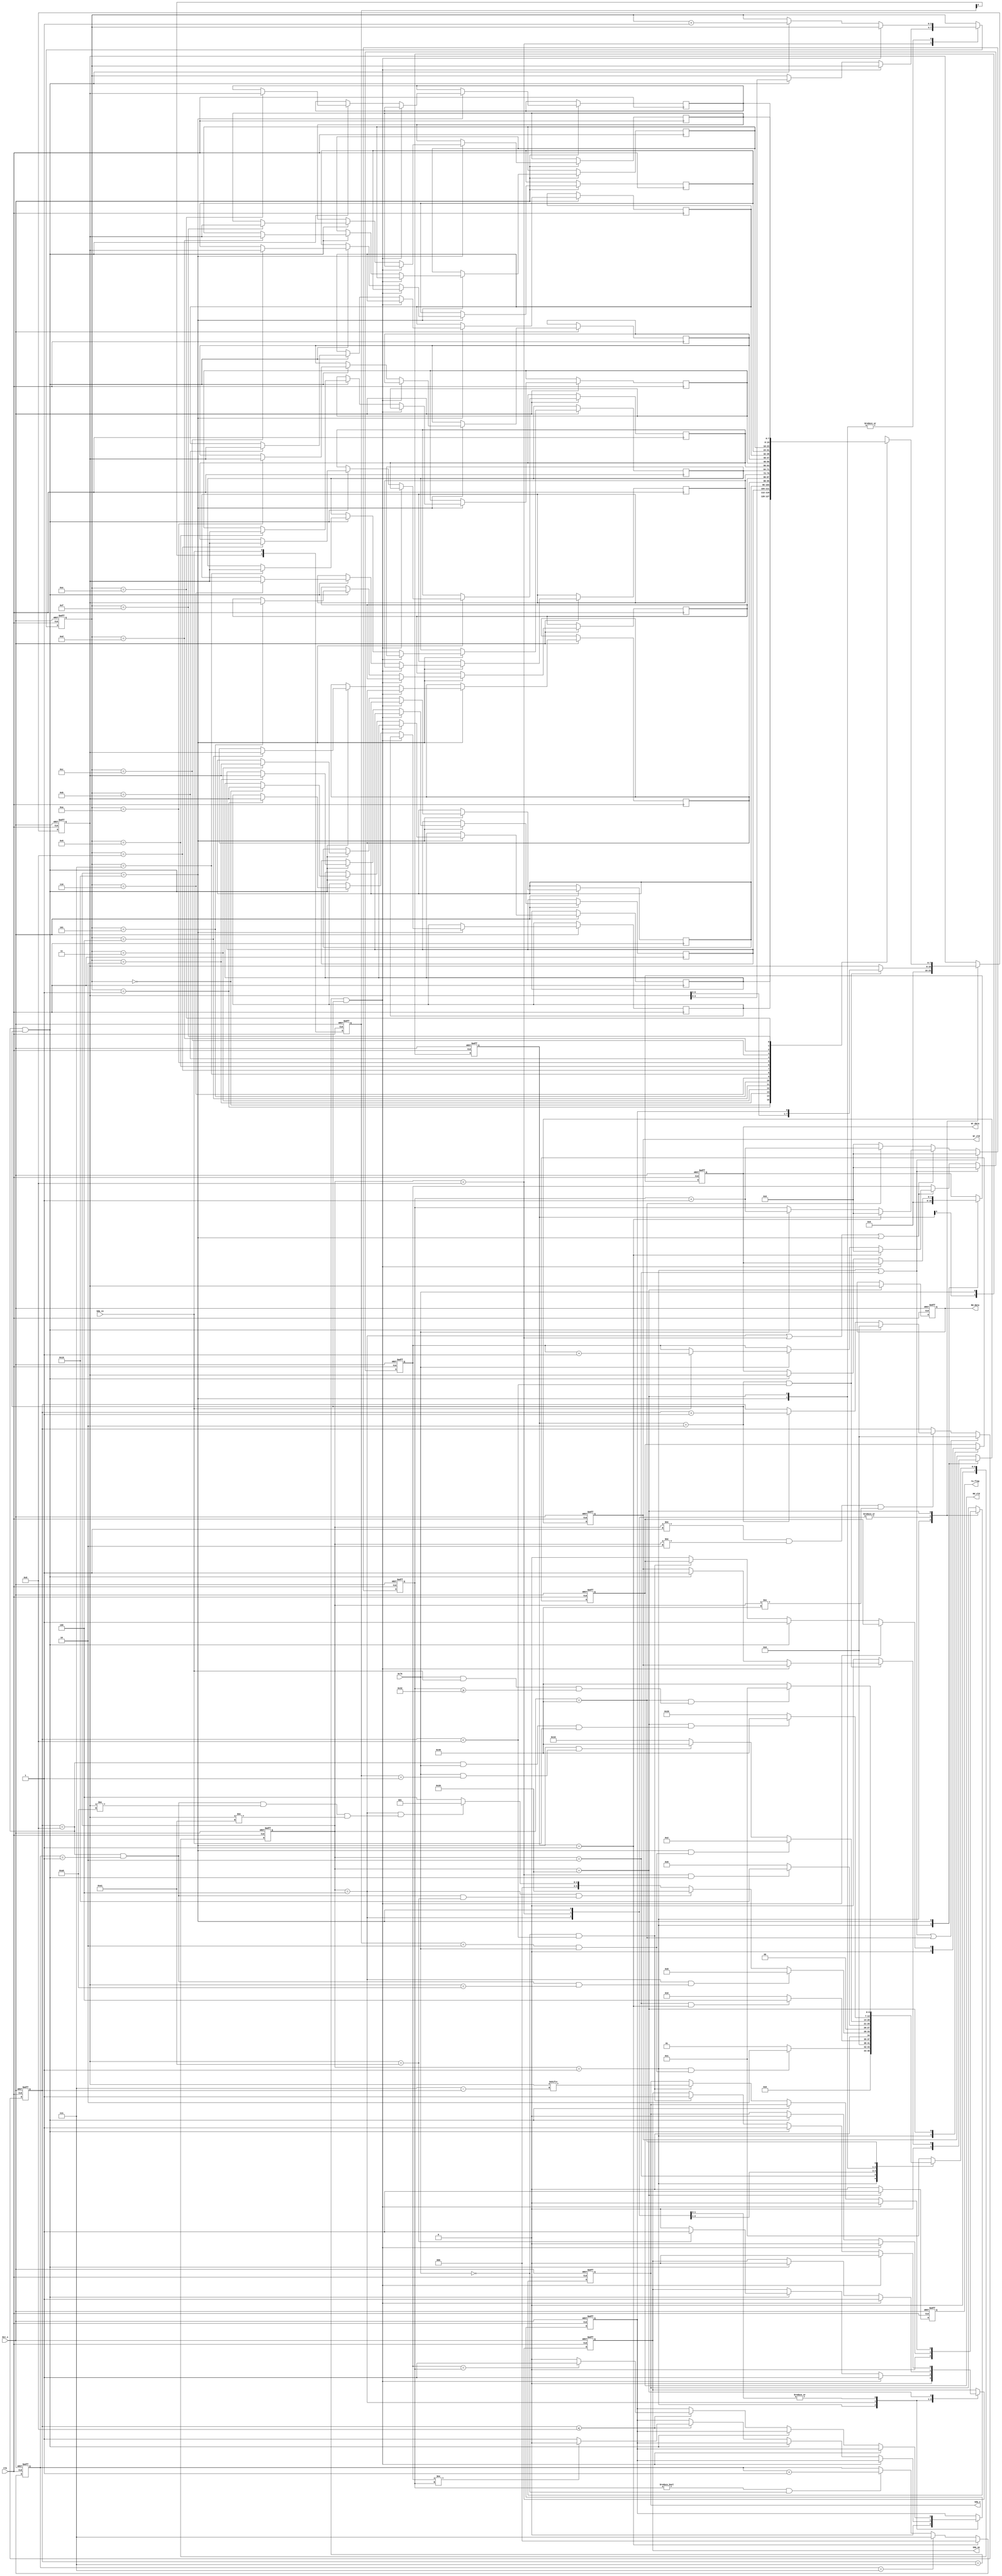
/*=============================================================================================================*\
		  Filename i2c_slave.v
			Author Adolph
	  Description  i2c reloop
		 Called by 
Revision History    2022-5-7  V1.0  ++  2
						
					  2022-5-17 V2.0 
  			  Email  
	TipsSCLSDA2022-5-7 11:14:01
	Sclk:400KHz
	Device Id: 0b1010000
	Memery Size: 16Byte
	
	ACK
	1byteACK
	
	SCLK/
	
					2022-5-17 12:56:17
				Sclk
				1
			2022-5-18 15:16:39 	
\*=============================================================================================================*/
// `define Sclk_100KHz

// `define Sclk_3_4MHz

// `define Sclk_20KHz
module 	slave_2(
	input  wire			Clk		, //system clock 50MHz
	input  wire 		Rst_n	, //reset low valid
	
	input  wire 		Sclk 	, //
	input  wire 		Sda_in	, //
	output reg  		Sda_oe	, //
	output reg  		Sda_o	, //
	
	output reg 			rw_flag	, // 01
	output reg 			Wr_vld	, //
	output reg   [07:00]Wr_data	, //
	output reg 			Rd_vld	, //
	output reg   [07:00]Rd_data	  //
);
//Parameter Declarations
	// `ifdef Sclk_20KHz
		// parameter SCLK_FRE = 32'd20_000;	//20KHz
	// `elsif Sclk_100KHz
		// parameter SCLK_FRE = 32'd100_000;	//100KHz 
	// `elsif Sclk_3_4MHz
		// parameter SCLK_FRE = 32'd3_400_000; //3.4MHZ
	// `else
		// parameter SCLK_FRE = 32'd400_000;	//400KHz
	// `endif
	
	parameter WR_CTRL_WORD = 8'hA0,
			  RD_CTRL_WORD = 8'hA1;	
   
	localparam IDLE		= 7'b000_0001, //
			   START	= 7'b000_0010, //
			   JUG_RW 	= 7'b000_0100, //
			   RW_ADDR	= 7'b000_1000, // or 
			   WR_DAT	= 7'b001_0000, //
			   RD_DAT	= 7'b010_0000, //
			   STOP		= 7'b100_0000; //
			   
//Interrnal wire/reg declarations
	reg	[07:00]	state_c, state_n; //	
	reg	[10:00]	cnt_sclk		; //sclk 
	reg	[10:00]	cnt_sdai_h	; //slck Sda_in 
	
	reg			bit_buf			; //
	reg	[02:00]	samp_flag		; //3
	
	reg	[03:00]	cnt_bit 		; //
	reg	[07:00]	cnt_byte		; //	
	reg	[03:00]	RW_Addr			; //	
	
	reg [07:00]	data_buf		; //	
	reg [07:00]	memery [15:00]	; //16Byte 
	
	reg	[01:00]	r_scl,r_sda		; //
	
	wire		scl_neg,scl_pos	; //Sclk 
	wire		sda_neg,sda_pos	; //Sdat 
	
	//
	wire 		idle2start		;
	wire 		start2jug_rw	;
	wire 		jug_rw2rw_addr	;
	wire 		jug_rw2rd_dat	;
	wire 		jug_rw2idle		;
	wire 		rw_addr2wr_dat  ;
	wire		wr_dat2start	; //
	wire 		wr_dat2stop     ;
	wire 		rd_dat2stop     ;
	wire 		stop2idle		;
	
//Logic Description		
	always @(posedge Clk or negedge Rst_n)begin  
		if(!Rst_n)begin  
			r_scl <= 2'b0;
			r_sda <= 2'b0;
		end   
		else begin  
			r_scl <= {r_scl[0],Sclk};
			r_sda <= {r_sda[0],Sda_in};
		end  
	end //always end
	
	assign scl_neg	 = r_scl == 2'b10;
	assign scl_pos	 = r_scl == 2'b01;
	assign sda_neg	 = r_sda == 2'b10;
	assign sda_pos	 = r_sda == 2'b01;
		
	//
	always @(posedge Clk or negedge Rst_n)begin
		if(!Rst_n)begin
			state_c <= IDLE;
		end
		else begin 
			state_c <= state_n;
		end
	end
	//
	always@(*)begin
		case(state_c)
			IDLE:begin
				if(idle2start)begin
					state_n = START;
				end
				else begin
					state_n = IDLE;
				end
			end
			
			START:begin
				if(start2jug_rw)begin //Sclk 
					state_n = JUG_RW;
				end 
				else begin
					state_n = START;	
				end 
			end
			
			JUG_RW :begin
				if(jug_rw2rw_addr)begin
					state_n = RW_ADDR;
				end 	
				else if(jug_rw2rd_dat)begin
					state_n = RD_DAT;
				end 
				else if(jug_rw2idle)begin //
					state_n = IDLE; 
				end 
				else begin
					state_n = JUG_RW;	
				end 
			end 
			
			RW_ADDR:begin
				if(rw_addr2wr_dat)begin
					state_n = WR_DAT;
				end 
				else begin
					state_n = RW_ADDR;	
				end 
			end 
			
			WR_DAT:begin
				if(wr_dat2start)begin //
					state_n = START;
				end 
				else if(wr_dat2stop)begin
					state_n = STOP;
				end 
				else begin
					state_n = WR_DAT;
				end 
			end 
			
			RD_DAT:begin
				if(rd_dat2stop)begin
					state_n = STOP;
				end 
				else begin
					state_n = RD_DAT;
				end 
			end 
			STOP:begin
				if(stop2idle)begin
					state_n = IDLE;
				end 	
				else begin
					state_n = STOP;
				end 
			end 
			default: begin
				state_n = IDLE;
			end
		endcase
	end
	
	assign	idle2start		= state_c == IDLE	 && (sda_neg && Sclk);//Sdat  Sclk 
	assign	start2jug_rw	= state_c == START	 && (scl_pos);//
	assign	jug_rw2rw_addr	= state_c == JUG_RW	 && (cnt_bit == 4'd8 && samp_flag == 3'd1 && data_buf == WR_CTRL_WORD);
	assign	jug_rw2rd_dat	= state_c == JUG_RW	 && (cnt_bit == 4'd8 && samp_flag == 3'd1 && data_buf == RD_CTRL_WORD);
	assign	jug_rw2idle		= state_c == JUG_RW	 && (cnt_bit == 4'd8 && samp_flag == 3'd1 && data_buf != WR_CTRL_WORD && data_buf != RD_CTRL_WORD);
	assign	rw_addr2wr_dat  = state_c == RW_ADDR && (cnt_bit == 4'd8 && scl_neg);
	assign	wr_dat2start   	= state_c == WR_DAT  && (Sclk && sda_neg);//Sdat  Sclk 
	assign	wr_dat2stop     = state_c == WR_DAT  && (Sclk && sda_pos);
	assign	rd_dat2stop     = state_c == RD_DAT  && (cnt_bit == 4'd8 && Sclk && Sda_in);//NACK
	assign 	stop2idle		= state_c == STOP	 && (Sclk && Sda_in && cnt_sclk >= 11'd50);//1 us
	
	//
		//rw_flag
	always @(posedge Clk or negedge Rst_n)begin  
		if(!Rst_n)begin  
			rw_flag <= 1'b0;
		end  
		else if(state_c == RD_DAT)begin  
			rw_flag <= 1'b1;
		end  
		else begin  
			rw_flag <= 1'b0;
		end  
	end //always end
		//cnt_sclk		
	always @(posedge Clk or negedge Rst_n)begin  
		if(!Rst_n)begin  
			cnt_sclk <= 'd0;
			cnt_sdai_h <= 'd0;
		end  
		else if(state_c == IDLE || state_c == START)begin  
			cnt_sclk <= 'd0;
			cnt_sdai_h <= 'd0;
		end  
		else if(state_c == JUG_RW || state_c == RW_ADDR 
		   || state_c == WR_DAT/*  || state_c == RD_DAT */)begin
			if(scl_pos)begin //
				cnt_sclk <= 'd0;
				cnt_sdai_h <= 'd0;
			end 
			else if(Sclk)begin //
				cnt_sclk <= cnt_sclk + 11'd1;
				if(Sda_in)begin
					cnt_sdai_h <= cnt_sdai_h + 11'd1;
				end 
			end 
			else begin
				cnt_sclk <= cnt_sclk;
				cnt_sdai_h <= cnt_sdai_h;
			end 
		end 
		else if(state_c == STOP)begin
			cnt_sclk <= cnt_sclk + 11'd1;
		end 
		else begin  
			cnt_sclk <= 'd0;
		end  
	end //always end
	
	//samp_flag
	always @(posedge Clk or negedge Rst_n)begin  
		if(!Rst_n)begin  
			samp_flag <= 3'd0;
		end  
		else if(scl_pos)begin  
			samp_flag <= 3'd0;
		end  
		else if(samp_flag == 3'd7)begin
			samp_flag <= 3'd7;
		end 
		else if(cnt_sclk != 0 && ~Sclk)begin
			samp_flag <= samp_flag + 3'd1;
		end 
		else begin  
			samp_flag <= samp_flag;
		end  
	end //always end
	
	
		//cnt_bit
	always @(posedge Clk or negedge Rst_n)begin  
		if(!Rst_n)begin  
			cnt_bit <= 4'd0;
		end  
		else if(state_c == IDLE || state_c == START || state_c == STOP)begin
			cnt_bit <= 4'd0;
		end 
		else if(state_c != IDLE && state_c != START && state_c != STOP)begin  
			if(cnt_bit == 4'd8 && scl_neg)begin
				cnt_bit <= 4'd0;
			end 
			else if(scl_neg)begin
				cnt_bit <= cnt_bit + 4'd1;
			end 
		end  
		else begin  
			cnt_bit <= cnt_bit;
		end  
	end //always end
		
		//cnt_byte
	always @(posedge Clk or negedge Rst_n)begin  
		if(!Rst_n)begin  
			cnt_byte <= 5'd0;
		end  
		else if(state_c == IDLE || state_c == START || state_c == STOP)begin
			cnt_byte <= 5'd0;
		end 
		else if((state_c == WR_DAT || state_c == RD_DAT)
			  &&(cnt_bit == 4'd8 && scl_neg))begin  
			cnt_byte <= cnt_byte + 5'd1;
		end  
		else begin  
			cnt_byte <= cnt_byte;
		end  
	end //always end
	
	always @(posedge Clk or negedge Rst_n)begin  
		if(!Rst_n)begin  
			Sda_o 	 <= 1'b0;
			Sda_oe 	 <= 1'b0;		
			Wr_vld	 <= 1'b0;
			Wr_data	 <= 8'd0;
			Rd_vld	 <= 1'b0;
			Rd_data	 <= 8'd0;	
			data_buf <= 8'd0;	
			RW_Addr  <= 4'd0;
			bit_buf  <= 1'b0;
		end   
		else begin  
			case(state_c)
				IDLE:begin
					Sda_o 	 <= 1'b0;
					Sda_oe 	 <= 1'b0;		
					Wr_vld	 <= 1'b0;
					Wr_data	 <= 8'd0;
					Rd_vld	 <= 1'b0;
					data_buf <= 8'd0;
					bit_buf  <= 1'b0;
				end 
				// START:
				JUG_RW:begin
					if(cnt_bit == 4'd7 && scl_neg)begin
						Sda_o 	 <= 1'b0;
						Sda_oe 	 <= 1'b1;//
					end 
					else if(cnt_bit == 4'd8 && scl_neg)begin
						if(data_buf == RD_CTRL_WORD)begin
							Sda_o 	 <= 1'b0;
							Sda_oe 	 <= 1'b1;//
						end 
						else begin
							Sda_o 	 <= 1'b0;
							Sda_oe 	 <= 1'b0;//
						end 
					end 
					else if(cnt_bit <= 4'd8)begin //
						if(cnt_sdai_h != cnt_sclk)begin
							bit_buf <= 1'b0;
						end 
						else begin
							bit_buf <= 1'b1;
						end 						
					end 
					if (scl_neg && cnt_bit < 4'd8)begin
						data_buf <= {data_buf[6:0],bit_buf};
					end 
					else begin
						data_buf <= data_buf;
					end 
				end 
				RW_ADDR:begin
					if(cnt_bit == 4'd7 && scl_neg)begin
						Sda_oe <= 1'b1; //
						Sda_o  <= 1'b0;						
					end 
					else if(cnt_bit == 4'd8 && scl_neg)begin
						Sda_oe <= 1'b0; //
						Sda_o  <= 1'b0;
						RW_Addr<= data_buf[3:0]; //
					end 						
					else if(cnt_bit <= 4'd8)begin //
						if(cnt_sdai_h == cnt_sclk)begin
							bit_buf <= 1'b1;
						end 
						else begin
							bit_buf <= 1'b0;
						end 						
					end 
					if (scl_neg && cnt_bit < 4'd8)begin
						data_buf <= {data_buf[6:0],bit_buf};
					end 
					else begin
						data_buf <= data_buf;
					end 
				end 
				WR_DAT	:begin
					if(cnt_bit == 4'd7 && scl_neg)begin
						Sda_oe <= 1'b1; //
						Sda_o  <= 1'b0;						
					end 
					else if(cnt_bit == 4'd8 && scl_neg)begin
						Sda_oe <= 1'b0; //
						Sda_o  <= 1'b0;
						RW_Addr<= RW_Addr + 4'd1; // 1byte data  1
						Wr_vld <= 1'b1;
						memery[RW_Addr]<= data_buf; //
						Wr_data<= data_buf;
					end 						
					else if(cnt_bit <= 4'd8)begin //
						if(cnt_sdai_h == cnt_sclk)begin
							bit_buf <= 1'b1;
						end 
						else begin
							bit_buf <= 1'b0;
						end 						
					end 
					if (scl_neg && cnt_bit < 4'd8)begin
						data_buf <= {data_buf[6:0],bit_buf};
					end 
					else begin
						Wr_vld <= 1'b0;
						data_buf <= data_buf;
					end 
				end
				RD_DAT	:begin	
					data_buf <= memery[RW_Addr]; 
					Rd_data	 <= data_buf;//
					if(cnt_bit == 4'd7 && scl_neg)begin
						Sda_oe   <= 1'b0; //
						Sda_o    <= 1'b0;						
					end
					else if(cnt_bit == 4'd8 && scl_neg)begin
						Sda_oe <= 1'b1; //
						RW_Addr<= RW_Addr + 4'd1; // 1byte data  1
						cnt_byte <= cnt_byte + 5'd1;
						Rd_vld <= 1'b1;						
					end 				
					else if(~Sclk && cnt_bit < 4'd8)begin //
						Sda_oe<= 1'b1;
						Sda_o <= data_buf[7 - cnt_bit]; 
					end 
					else begin							
						Rd_vld 	 <= 1'b0;						
					end 
				end
				// STOP:
				default: ;
			endcase
		end  
	end //always end
	
endmodule